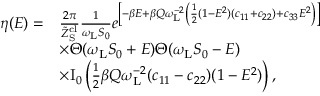
\begin{array} { r l } { \eta ( E ) = } & { \frac { 2 \pi } { \tilde { Z } _ { \mathrm { S } } ^ { \mathrm { c l } } } \frac { 1 } { \omega _ { \mathrm { L } } S _ { 0 } } e ^ { \left[ - \beta E + \beta Q \omega _ { \mathrm { L } } ^ { - 2 } \left( \frac { 1 } { 2 } ( 1 - E ^ { 2 } ) ( c _ { 1 1 } + c _ { 2 2 } ) + c _ { 3 3 } E ^ { 2 } \right) \right] } } \\ & { \times \Theta ( \omega _ { \mathrm { L } } S _ { 0 } + E ) \Theta ( \omega _ { \mathrm { L } } S _ { 0 } - E ) } \\ & { \times \mathrm { I } _ { 0 } \left( \frac { 1 } { 2 } \beta Q \omega _ { \mathrm { L } } ^ { - 2 } ( c _ { 1 1 } - c _ { 2 2 } ) ( 1 - E ^ { 2 } ) \right) , } \end{array}